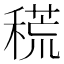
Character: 𥡃